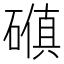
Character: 𪿰